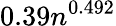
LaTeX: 0.39n^{0.492}